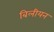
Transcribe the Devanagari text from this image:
बिलीयन